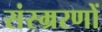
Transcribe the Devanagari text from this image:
संस्म्ररणों